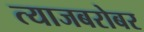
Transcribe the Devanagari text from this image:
त्याजबरोबर